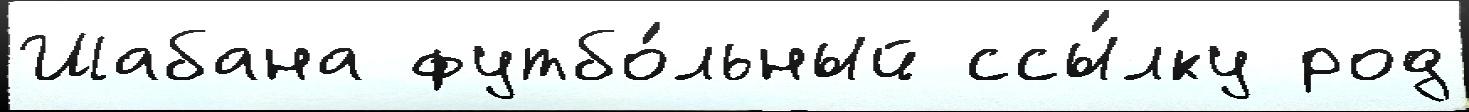
Шабана футбо́льный ссы́лку род